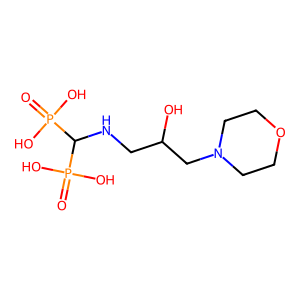
SMILES: O=P(O)(O)C(NCC(O)CN1CCOCC1)P(=O)(O)O
Inhibits HIV replication: No